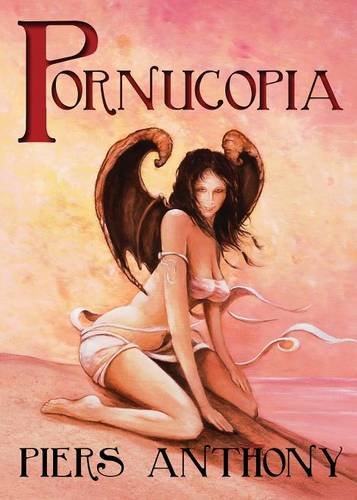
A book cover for Pornucopia; Piers Anthony; Science Fiction & Fantasy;